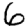
Digit: 6